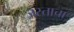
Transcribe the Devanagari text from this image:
जस्ताचा